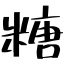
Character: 糖